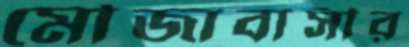
মৌজাবাসীর